Civil Veterinary Department Bengal reports 1923-33 - 1923-1933
Year: 1923
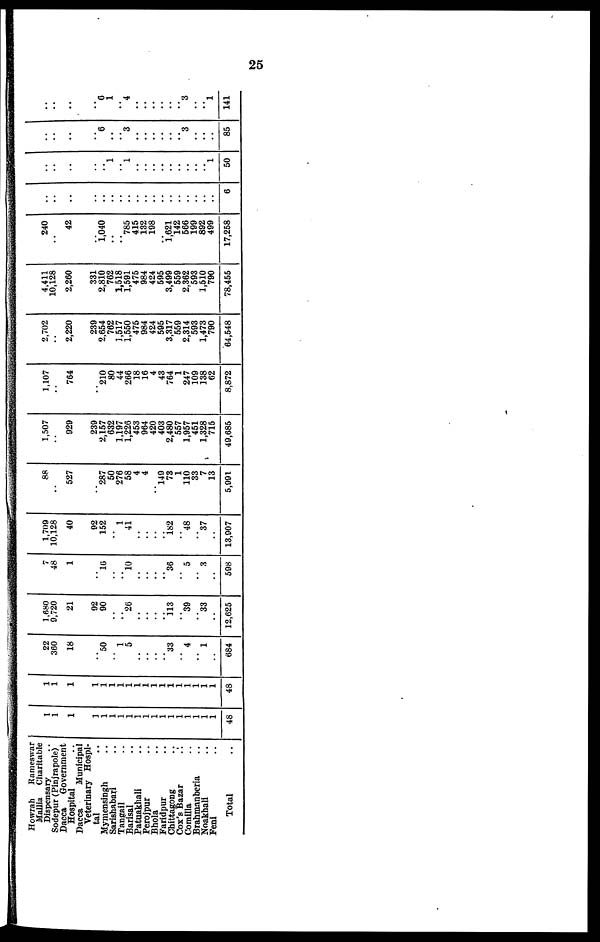
25
Howrah
Rameswar
Mallia Charitable
Dispensary
Sodepur (Pinjrapole)
Dacca
Government
Hospital
Dacca
Municipal
Veterinary Hospi-
tal ..
Mymensingh ..
Sarishabari ..
Tangail ..
Barisal ..
Patuakhali ..
Perojpur ..
Bhola ..
Faridpur ..
Chittagong ..
Cox's Bazar
Comilla ..
Brahmanberia ..
Noakhali ..
Feni ..
Total ..
1
1
1
1
1
1
1
1
1
1
1
1
1
1
1
1
1
1
48
1
1
1
1
1
1
1
1
1
1
1
1
1
1
1
1
1
1
48
22
360
18
..
60
..
1
5
..
..
..
.. 33
..
4
..
1
..
684
1,680
9,720
21
92
90
..
.. 26
..
..
..
.. 113
.. 39
.. 33
..
12,625
7
48
1
..
16
..
.. 10
..
..
..
.. 36
.. 5
..
3
..
598
1,709
10,128
40
92
152
..
1
41
..
..
..
.. 182
.. 48
.. 37
..
13,907
88
..
527
..
287
50
276
58
4
4
..
l49
73
1
110
33
7
13
5,991
1,507
..
929
239
2,157
632
1,197
1,226
453
964
420
403
2,480
557
1,957
451
1,328
715
49,685
1,107
..
764
..
210
80
44
266
18
16
4
43
764
1
247
109
138
62
8,872
2,702
..
2,220
239
2,654
762
1,517
1,550
475
984
424
595
3,317
559
2,314
593
1,473
790
64,548
4,411
10,128
2,260
331
2,810
762
1,518
1,591
475
984
424
595
3,499
559
2.362
593
1,510
790
78,455
240
..
42
..
1,040
..
..
785
415
132
198
.. l,621
142
566
199
892
499
17,258
..
..
..
..
..
..
..
..
..
..
..
..
..
..
..
..
..
..
6
..
..
..
..
.. 1
.. 1
..
..
..
.. ..
..
..
..
.. 1
50
..
..
..
..
6
..
.. 3
..
..
..
..
..
.. 3
..
..
..
85
..
.. ..
..
6
1
.. 4
..
..
..
.. ..
.. 3
.. .. 1
141